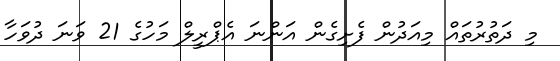
މި ދަތުރުތައް މިއަދުން ފެށިގެން އަންނަ އެޕްރީލް މަހުގެ 21 ވަނަ ދުވަހާ